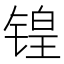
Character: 锽